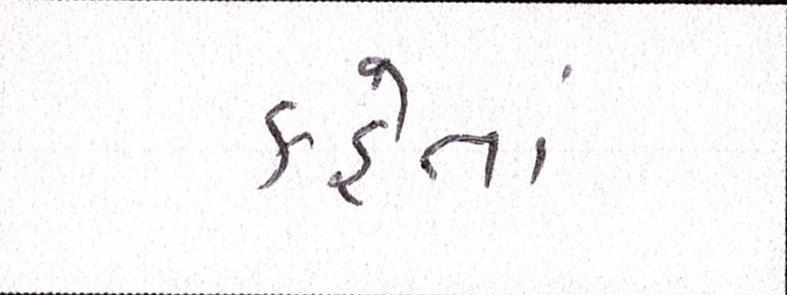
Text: કહેતાં